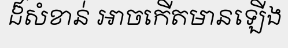
ដ៏សំខាន់ អាចកើតមានឡើង